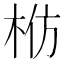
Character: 𬂬